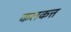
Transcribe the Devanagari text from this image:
कलकत्त